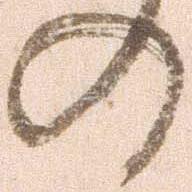
の